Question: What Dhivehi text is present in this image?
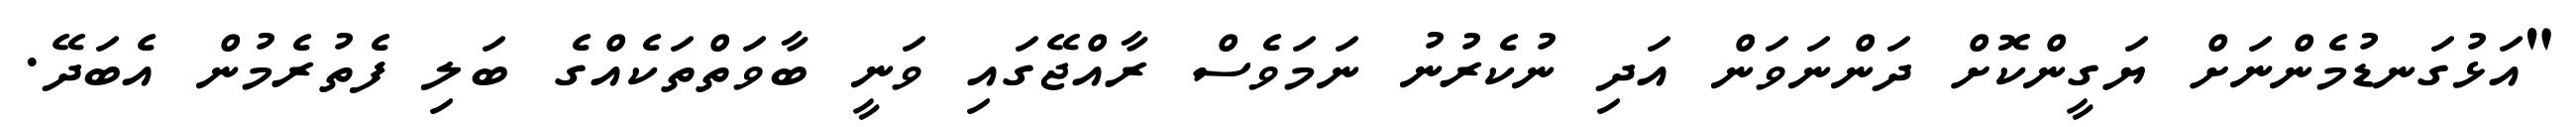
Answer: "އަޅުގަނޑުމެންނަށް ޔަގީންކޮށް ދަންނަވަން އަދި ނުކެރުނު ނަމަވެސް ރާއްޖޭގައި ވަނީ ބާވަތްތަކެއްގެ ބަލި ފެތުރެމުން އެބަދޭ.